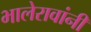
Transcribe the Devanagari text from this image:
भालेरावांनी